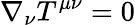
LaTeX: \nabla_{\nu}T^{\mu\nu}=0